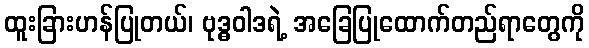
ထူးခြားဟန်ပြုတယ်၊ ဗုဒ္ဓဝါဒရဲ့ အခြေပြုထောက်တည်ရာတွေကို